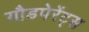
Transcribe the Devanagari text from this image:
गौडपेरेंट्स